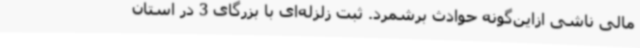
مالی ناشی ازاین‌گونه حوادث برشمرد. ثبت زلزله‌ای با بزرگای 3 در استان